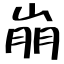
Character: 崩